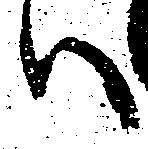
ハ